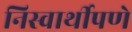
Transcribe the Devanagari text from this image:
निस्वार्थीपणे